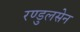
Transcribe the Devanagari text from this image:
रण्डुलसेन